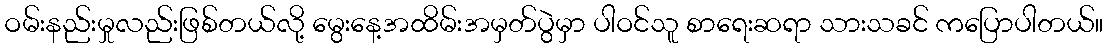
ဝမ်းနည်းမှုလည်းဖြစ်တယ်လို့ မွေးနေ့အထိမ်းအမှတ်ပွဲမှာ ပါဝင်သူ စာရေးဆရာ သားသခင် ကပြောပါတယ်။